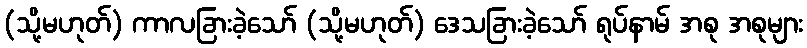
(သို့မဟုတ်) ကာလခြားခဲ့သော် (သို့မဟုတ်) ဒေသခြားခဲ့သော် ရုပ်နာမ် အစု အစုများ